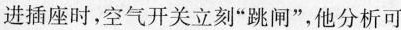
进插座时，空气开关立刻”跳闸”，他分析可